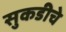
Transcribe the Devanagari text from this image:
सुकडीचे